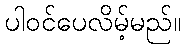
ပါဝင်ပေလိမ့်မည်။